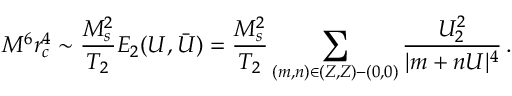
M ^ { 6 } r _ { c } ^ { 4 } \sim \frac { M _ { s } ^ { 2 } } { T _ { 2 } } E _ { 2 } ( U , \bar { U } ) = \frac { M _ { s } ^ { 2 } } { T _ { 2 } } \sum _ { ( m , n ) \in ( Z , Z ) - ( 0 , 0 ) } \frac { U _ { 2 } ^ { 2 } } { | m + n U | ^ { 4 } } \, .